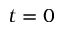
t = 0